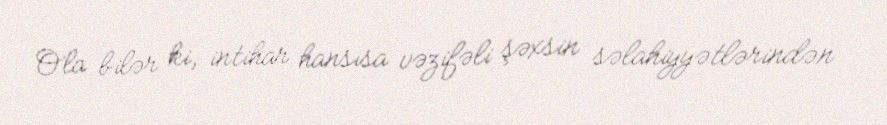
Ola bilər ki, intihar hansısa vəzifəli şəxsin səlahiyyətlərindən